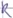
Text: R